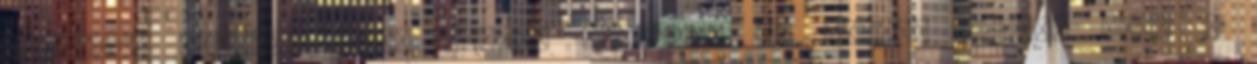
trianoni békeszerződés okozta helyzet, de sokkal inkább azok a